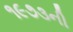
૧૯૭૩ની